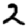
Digit: 2